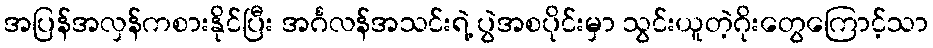
အပြန်အလှန်ကစားနိုင်ပြီး အင်္ဂလန်အသင်းရဲ့ ပွဲအစပိုင်းမှာ သွင်းယူတဲ့ဂိုးတွေကြောင့်သာ